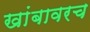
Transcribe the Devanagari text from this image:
खांबावरच